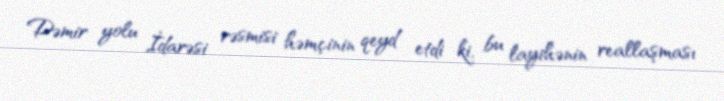
Dəmir yolu İdarəsi rəsmisi həmçinin qeyd etdi ki, bu layihənin reallaşması